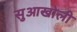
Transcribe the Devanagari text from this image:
सुआखोली